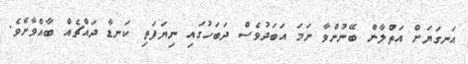
އަނގަޔަށް އަތްލާން ބޭނުންވާ ނަމަ އަބަދުވެސް ދަބަހުގައި ނިޔަފަތި ކަނޑާ ދައްޗެއް ބާއްވާށެވެ.